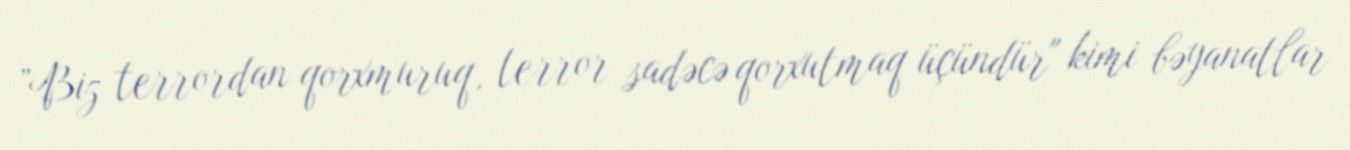
”Biz terrordan qorxmuruq, terror sadəcə qorxutmaq üçündür" kimi bəyanatlar